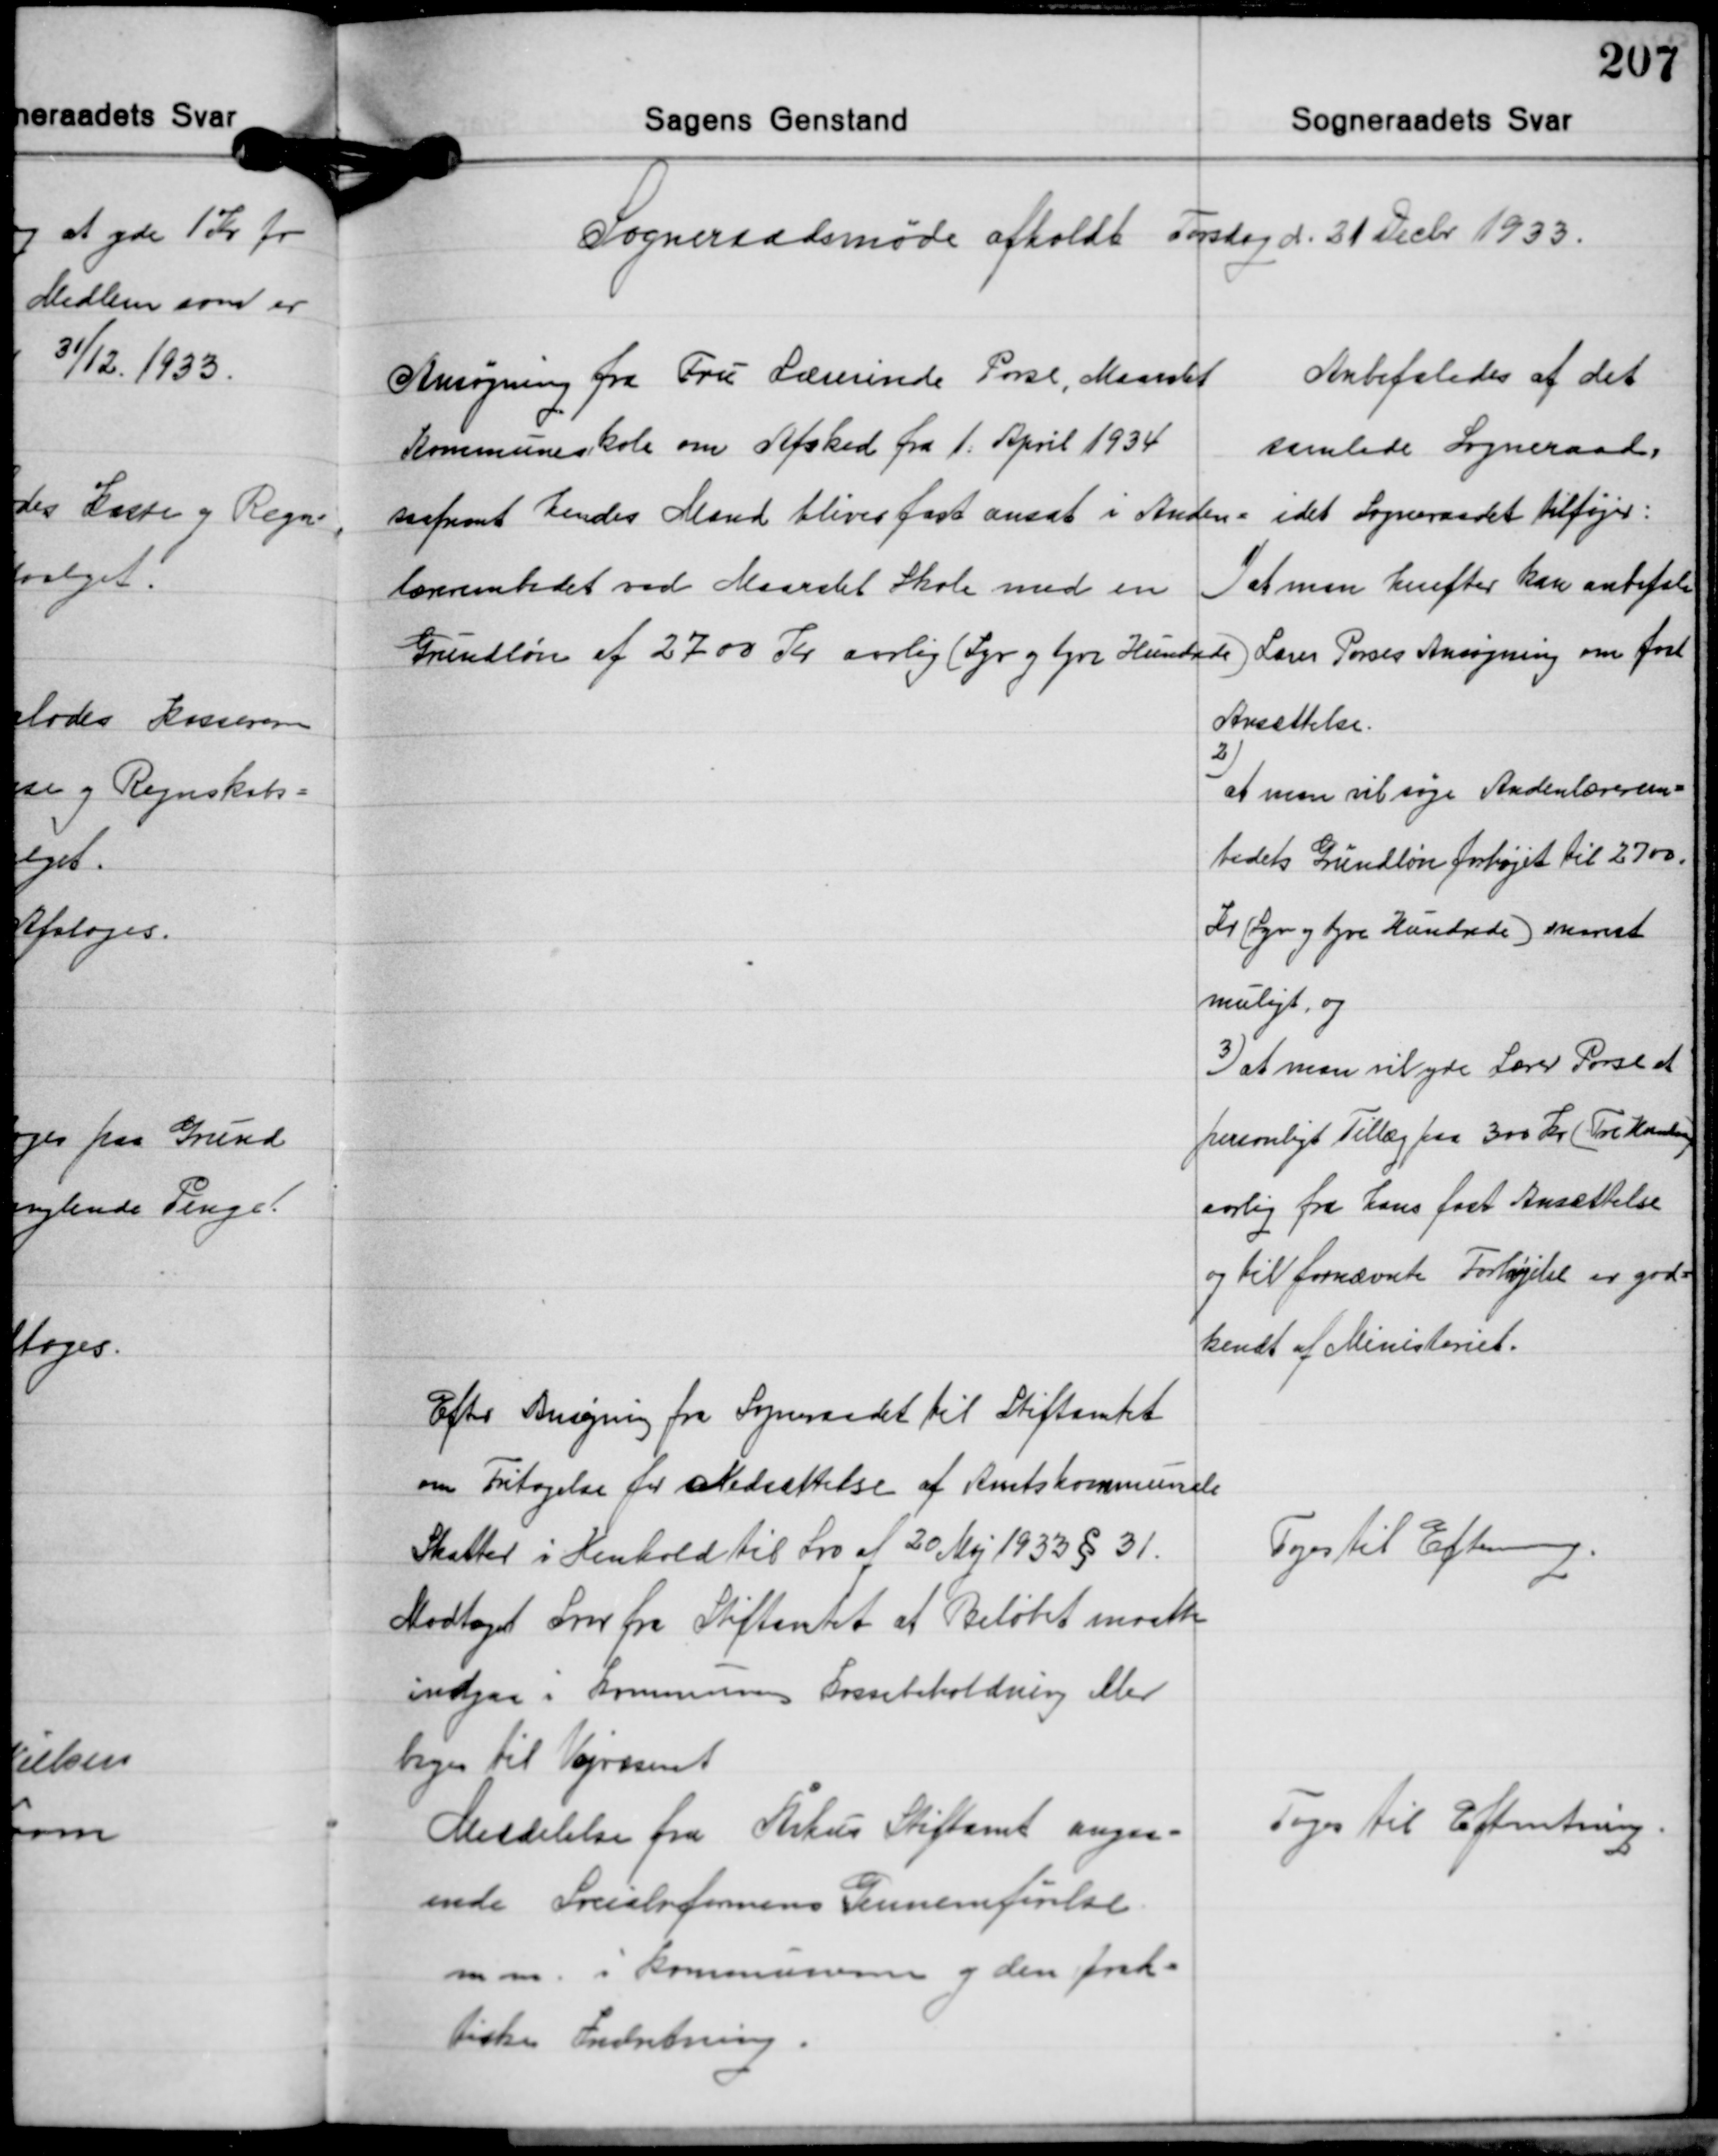
Transskription:
Sogneraadsmøde afholdt Torsdag d. 31 Decbr. 1933.

Ansøgning fra Fru Lærerinde Porse, Maarslet
Kommuneskole om Afsked fra 1. April 1934
saafremt Hendes Mand bliver fast ansat i Anden-
lærerembedet ved Maarslet Skole med en
Grundløn af 2700 Kr. aarlig (Syv og tyve Hundrede)

Anbefaledes af det
samlede Sogneraad,
idet Sogneraadet tilføjer:
1)at man herefter kan anbefale
Lærer Porses Ansøgning om fast

Ansættelse.
2)
at man vil søge Andenlærerem-
bedets Grundløn forhøjet til 2700
Kr. (Syv og tyve Hundrede) snarest
muligt, og
3)at man vil yde Lærer Porse et
personligt Tillæg paa 300 Kr. (Tre Hundrede)
aarlig fra hans fast Ansættelse
og til fornævnte Forhøjelse er god-
kendt af Ministeriet.

Efter Ansøgning fra Sogneraadet til Stiftamtet
om Fritagelse for Nedsættelse af Amtskommunale
Skatter i Henhold til Lov af 20 Maj 1933 § 31.
Modtaget Svar fra Stiftamtet at Beløbet maatte
indgaa i Kommunens Kassebeholdning eller
bruges til Vejvæsenet
Meddelelse fra Århus Stiftamt angaa-
ende Socialreformens Gennemførelse
m.m. i Kommunen og den prak-
tiske Indretning.

Toges til Efterretning.

Toges til Efterretning.